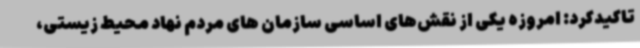
تاکیدکرد: امروزه یکی از نقش‌های اساسی سازمان های مردم نهاد محیط زیستی،